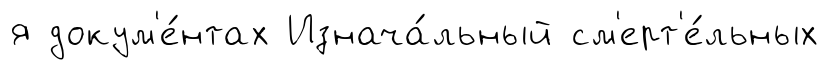
я докум'е́нтах Изнача́льный см'ерт'е́льных